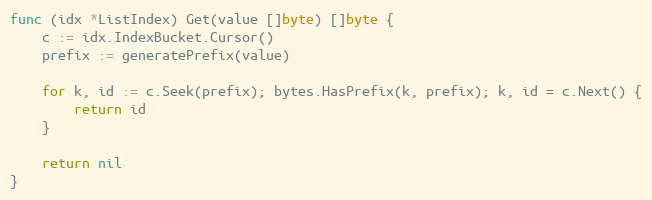
Language: Go
func (idx *ListIndex) Get(value []byte) []byte {
	c := idx.IndexBucket.Cursor()
	prefix := generatePrefix(value)

	for k, id := c.Seek(prefix); bytes.HasPrefix(k, prefix); k, id = c.Next() {
		return id
	}

	return nil
}